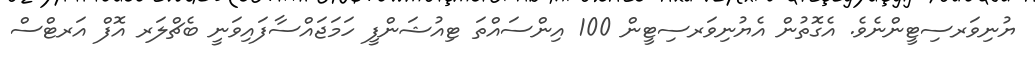
ޔުނިވަރސިޓީންނެވެ. އެގޮތުން އެޔުނިވަރސިޓީން 100 އިންސައްތަ ޓިއުޝަންފީ ހަމަޖައްސާފައިވަނީ ބެޗްލަރ އޮފް އަރޓްސް